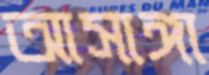
আসাঙ্গা